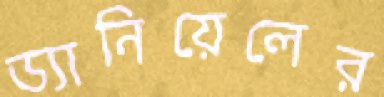
ড্যানিয়েলের